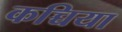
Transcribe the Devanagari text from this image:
कच्चिया